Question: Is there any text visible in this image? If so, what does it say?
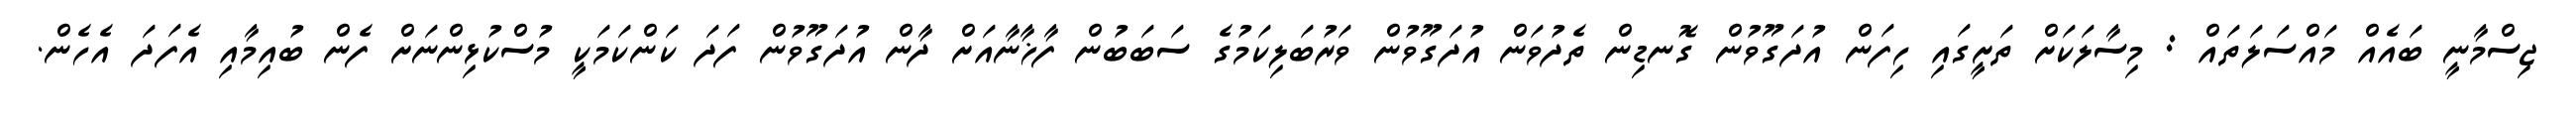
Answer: ޖިސްމާނީ ބައެއް މައްސަލަތައް : މިސާލަކަށް ތަށީގައި ހިފަން އުދަގޫވުން ގޮނޑިން ތެދުވަން އުދަގޫވުން ވަރުބަލިކަމުގެ ސަބަބުން ފާޚާނާއަށް ދާން އުދަގޫވުން ފަދަ ކަންކަމަކީ މުސްކުޅިންނަށް ފެން ބުއިމާއި އެފަދަ އެހެން.